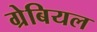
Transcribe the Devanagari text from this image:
ग्रेबियल